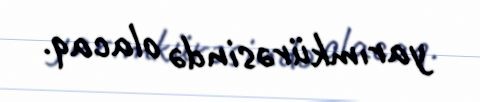
yarımkürəsində olacaq.